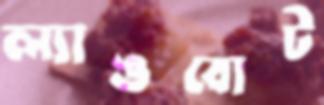
ল্যাঙবোট